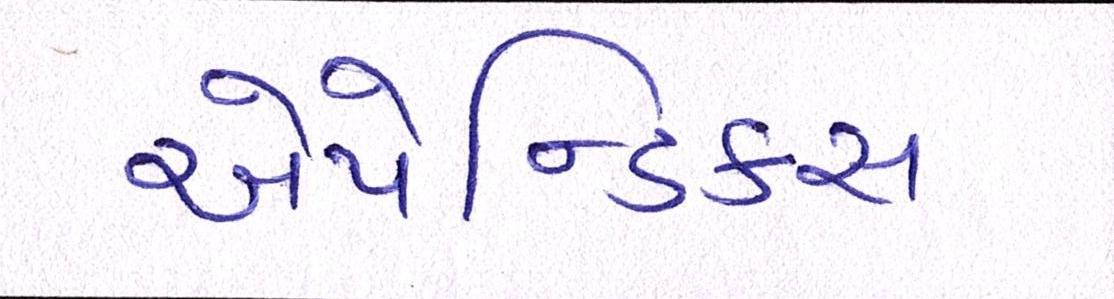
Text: એપેન્ડિક્સ